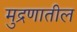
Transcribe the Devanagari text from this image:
मुद्रणातील